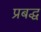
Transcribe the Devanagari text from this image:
प्रबद्ध